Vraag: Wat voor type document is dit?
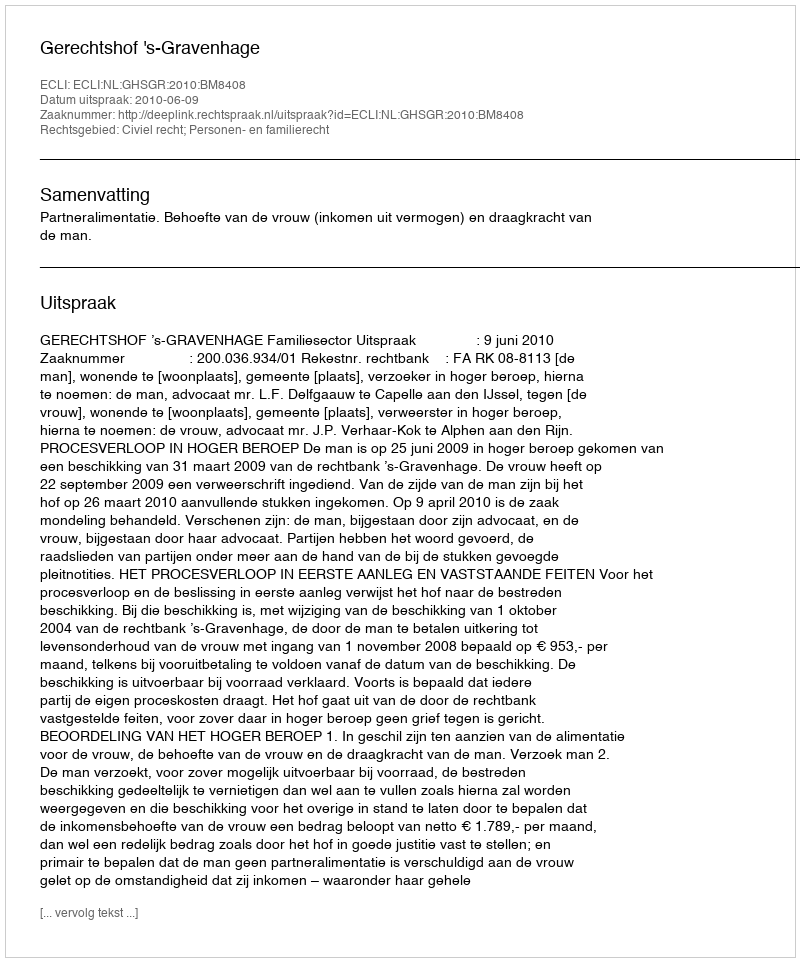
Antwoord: Uitspraak